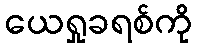
ယေရှုခရစ်ကို